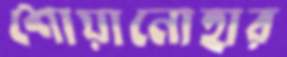
শোয়ানোহার